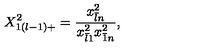
\displaystyle { X _ { 1 ( l - 1 ) + } ^ { 2 } = \frac { x _ { \bar { l } n } ^ { 2 } } { x _ { \bar { l } 1 } ^ { 2 } x _ { \bar { 1 } n } ^ { 2 } } } ,